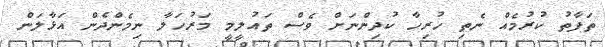
ތަފާތު ކުރުމެއް ނެތި ހުރިހާ ކުދިންނަށް ވެސް ތައުލީމީ މަރުހަލާ ނިމެންދެން އަޅާލަން